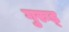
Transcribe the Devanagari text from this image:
गुरुड्